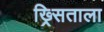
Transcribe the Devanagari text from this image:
ख्र्सिताला